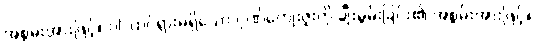
အစွမ်းအားဖြင့်။ ဝါ၊ ထင်ရှားမရှိသော ဂုဏ်ကျေးဇူးကို ချီးမွမ်းခြင်း၏ အစွမ်းအားဖြင့်။